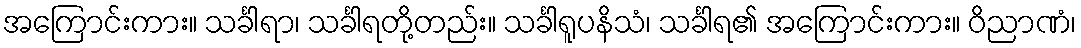
အကြောင်းကား။ သင်္ခါရာ၊ သင်္ခါရတို့တည်း။ သင်္ခါရူပနိသံ၊ သင်္ခါရ၏ အကြောင်းကား။ ဝိညာဏံ၊